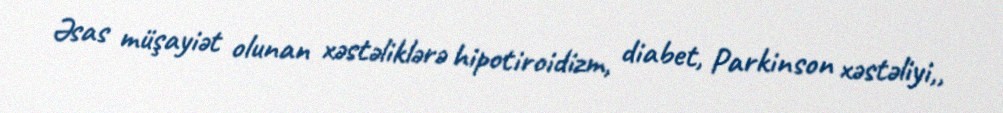
Əsas müşayiət olunan xəstəliklərə hipotiroidizm, diabet, Parkinson xəstəliyi,,